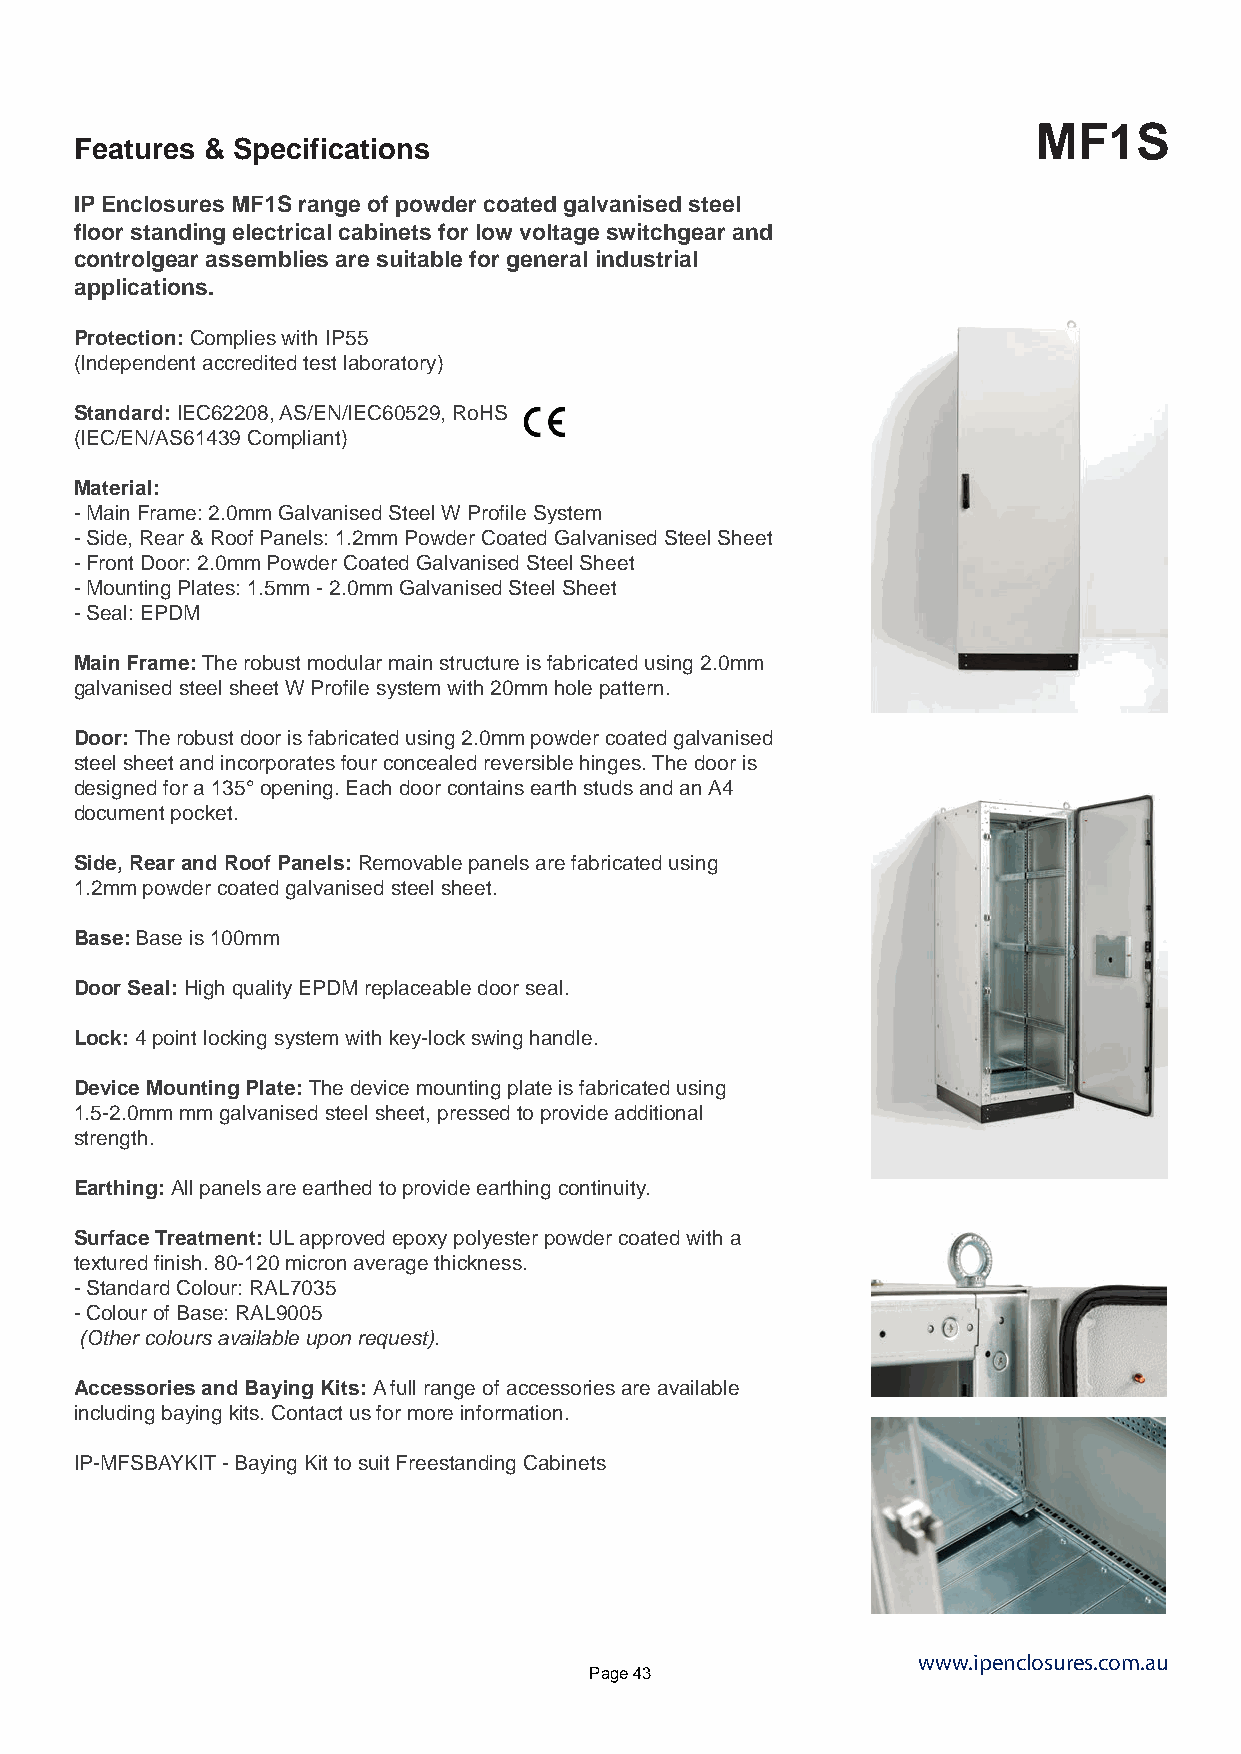
MF1S
 Features & Specifications
 IP Enclosures MF1S range of powder coated galvanised steel
 floor standing electrical cabinets for low voltage switchgear and
 controlgear assemblies are suitable for general industrial
 applications.
 Protection: Complies with IP55
 (Independent accredited test laboratory)
 Standard: IEC62208, AS/EN/IEC60529, RoHS
 (IEC/EN/AS61439 Compliant)
 Material:
 - Main Frame: 2.0mm Galvanised Steel W Profile System
 - Side, Rear & Roof Panels: 1.2mm Powder Coated Galvanised Steel Sheet
 - Front Door: 2.0mm Powder Coated Galvanised Steel Sheet
 - Mounting Plates: 1.5mm - 2.0mm Galvanised Steel Sheet
 - Seal: EPDM
 Main Frame: The robust modular main structure is fabricated using 2.0mm
 galvanised steel sheet W Profile system with 20mm hole pattern.
 Door: The robust door is fabricated using 2.0mm powder coated galvanised
 steel sheet and incorporates four concealed reversible hinges. The door is
 designed for a 135° opening. Each door contains earth studs and an A4
 document pocket.
 Side, Rear and Roof Panels: Removable panels are fabricated using
 1.2mm powder coated galvanised steel sheet.
 Base: Base is 100mm
 Door Seal: High quality EPDM replaceable door seal.
 Lock: 4 point locking system with key-lock swing handle.
 Device Mounting Plate: The device mounting plate is fabricated using
 1.5-2.0mm mm galvanised steel sheet, pressed to provide additional
 strength.
 Earthing: All panels are earthed to provide earthing continuity.
 Surface Treatment: UL approved epoxy polyester powder coated with a
 textured finish. 80-120 micron average thickness.
 - Standard Colour: RAL7035
 - Colour of Base: RAL9005
 (Other colours available upon request).
 Accessories and Baying Kits: A full range of accessories are available
 including baying kits. Contact us for more information.
 IP-MFSBAYKIT - Baying Kit to suit Freestanding Cabinets
 www.ipenclosures.com.au
 Page 43